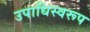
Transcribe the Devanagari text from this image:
उपाधिस्वरूप